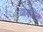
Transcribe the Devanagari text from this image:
व्यक्तीन